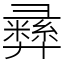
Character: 彞